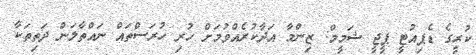
ކުރީގެ ޑެޕިއުޓީ ޕީޖީ ޝަމީމް: ޒިންމާ އަދާކުރެއްވުމަށް ހުރި ހުރަސްތައް ނައްތާލަން ދަތިތަކާ